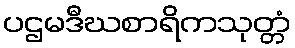
ပဌမဒီဃစာရိကသုတ္တံ